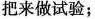
把来做试验；